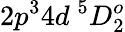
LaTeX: {2p^{3}4d~^{5}D_{2}^{o}}